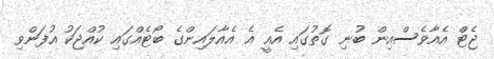
ޖެޓް އެއާވެސްއިން ބުނި ގޮތުގައި އެއީ އެ އެއާލައިންގެ ބޯޓެއްގައި ކުއްޖަކު އުފަންވި